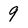
Character: 9